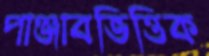
পাঞ্জাবভিত্তিক